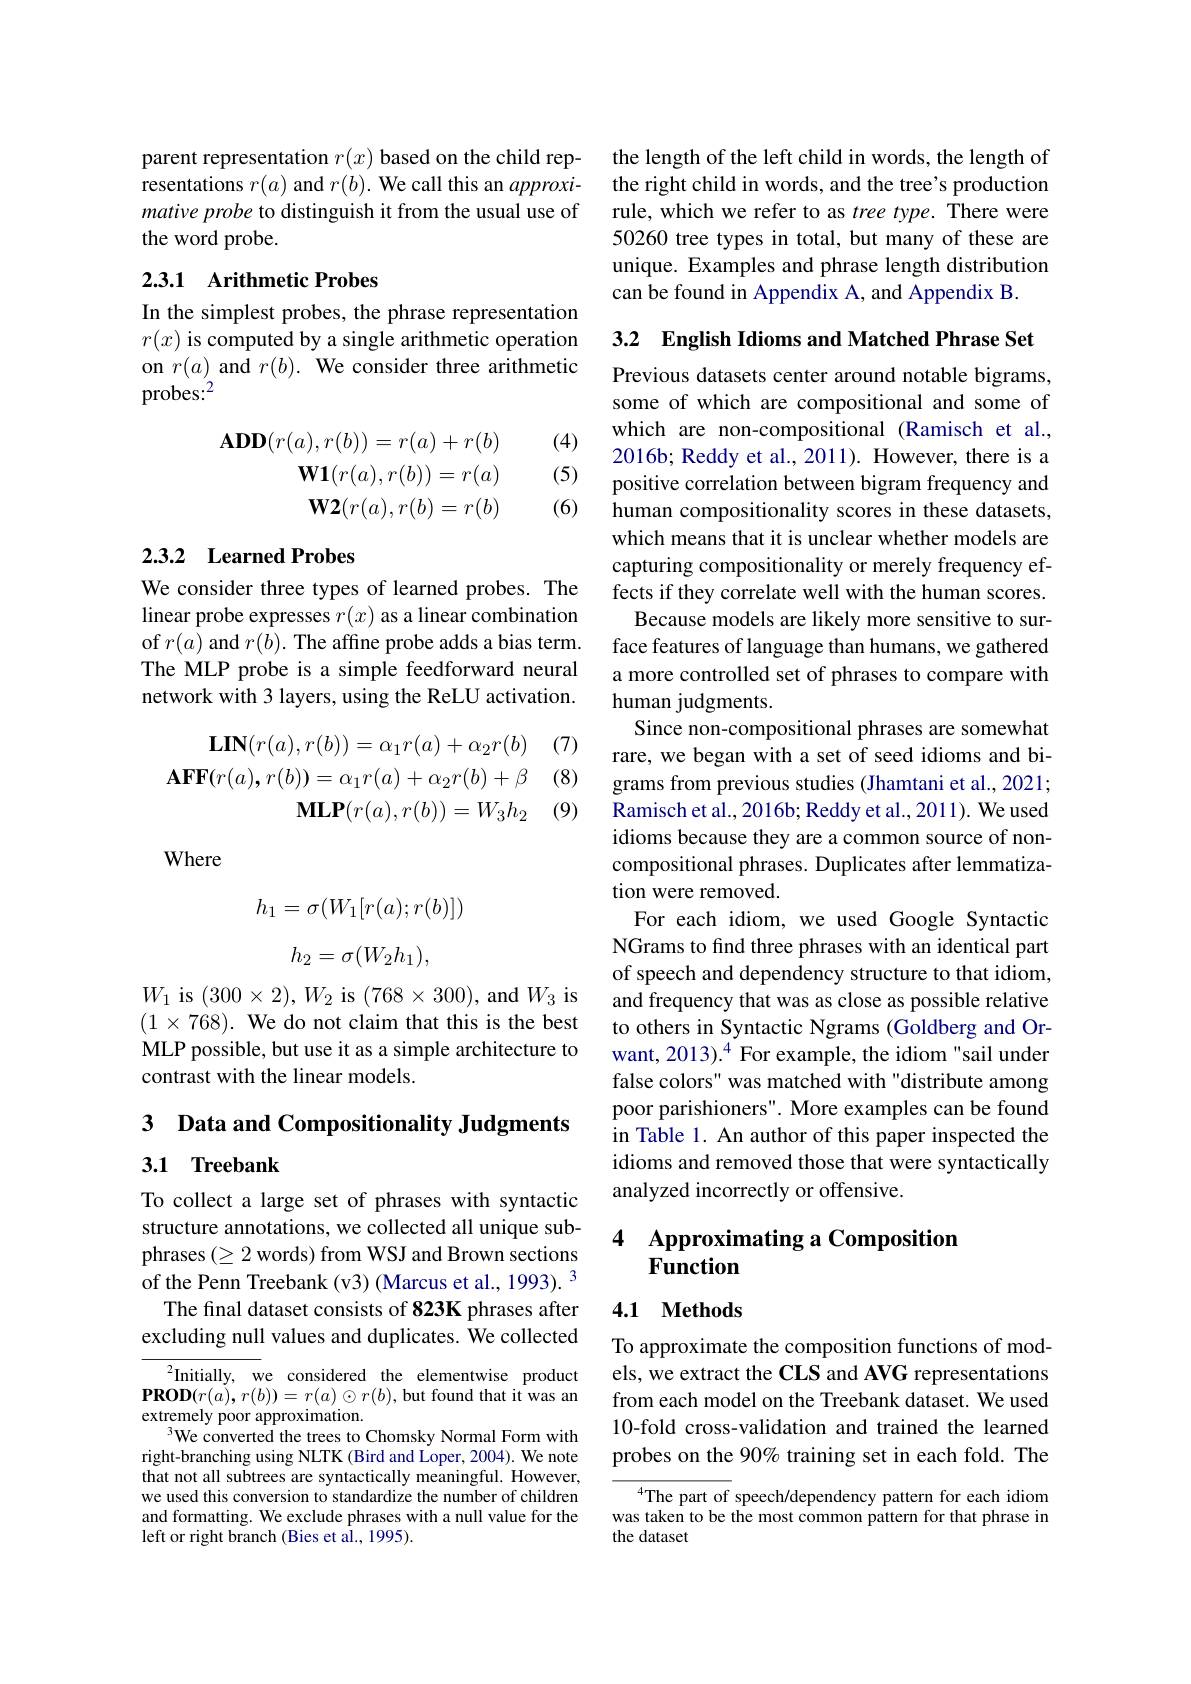
parent representation $r(x)$ based on the child representations $r(a)$ and $r(b).$ We call this an $approxi-$ mative probe to distinguish it from the usual use of the word probe.

## 2.3.1 Arithmetic Probes

In the simplest probes, the phrase representation $r(x)$ is computed by a single arithmetic operation on $r(a)$ and $r( b) . \textbf{We consider three arithmetic}$ probes:$^2$

(4)

(5)
$$\mathbf{ADD}(r(a),r(b))=r(a)+r(b)\\\mathbf{W1}(r(a),r(b))=r(a)\\\mathbf{W2}(r(a),r(b)=r(b)$$
(6)

## 2.3.2 Learned Probes

We consider three types of learned probes. The linear probe expresses $r(x)$ as a linear combination of $r(a)$ and $r(b).$ The affine probe adds a bias term. The MLP probe is a simple feedforward neural network with 3 layers, using the ReLU activation.

(7) (8)
$$\mathbf{LIN}(r(a),r(b))=\alpha_{1}r(a)+\alpha_{2}r(b)\\\mathbf{AFF}(r(a),r(b))=\alpha_{1}r(a)+\alpha_{2}r(b)+\beta\\\mathbf{MLP}(r(a),r(b))=W_{3}h_{2}$$
(9)

Where
$$h_1=\sigma(W_1[r(a);r(b)])$$
$$h_2=\sigma(W_2h_1),$$
$W_{1}$ is $(300\times2),W_{2}$ is $(768\times300)$, and $W_{3}$ is $(1\times768).$ We do not claim that this is the best MLP possible, but use it as a simple architecture to contrast with the linear models.

3 Data and Compositionality Judgments
## 3.1 Treebank

To collect a large set of phrases with syntactic structure annotations, we collected all unique subphrases $(\geq2$ words) from WSJ and Brown sections of the Penn Treebank (v3) (Marcus et al., 1993). 3
The final dataset consists of 823K phrases after
$\underline{\text{excluding null}}$ values and duplicates. We collected To approximate the composition functions of mod-

$^{2}$Initially, we considered the elementwise product $\mathbf{PROD}(r(a),r(b))=r(a)\odot r(b)$,but found that it was an extremely poor approximation.
$^{3}$We converted the trees to Chomsky Normal Form with right-branching using NLTK (Bird and Loper, 2004). We note that not all subtrees are syntactically meaningful. However, we used this conversion to standardize the number of children and formatting. We exclude phrases with a null value for the left or right branch (Bies et al., 1995).

the length of the left child in words, the length of the right child in words, and the tree's production rule, which we refer to as tree type. There were 50260 tree types in total, but many of these are unique. Examples and phrase length distribution can be found in Appendix A, and Appendix B.

3.2 English Idioms and Matched Phrase Set Previous datasets center around notable bigrams, some of which are compositional and some of which are non-compositional (Ramisch et al., 2016b; Reddy et al., 2011). However, there is a positive correlation between bigram frequency and human compositionality scores in these datasets, which means that it is unclear whether models are capturing compositionality or merely frequency effects if they correlate well with the human scores.
Because models are likely more sensitive to surface features of language than humans, we gathered a more controlled set of phrases to compare with human judgments.
Since non-compositional phrases are somewhat rare, we began with a set of seed idioms and bigrams from previous studies (Jhamtani et al., 2021; Ramisch et al., 2016b; Reddy et al., 2011). We used idioms because they are a common source of noncompositional phrases. Duplicates after lemmatization were removed.
For each idiom, we used Google Syntactic NGrams to find three phrases with an identical part of speech and dependency structure to that idiom, and frequency that was as close as possible relative to others in Syntactic Ngrams (Goldberg and Orwant, 2013).$^{4}$ For example, the idiom "sail under false colors" was matched with "distribute among poor parishioners". More examples can be found in Table 1. An author of this paper inspected the idioms and removed those that were syntactically analyzed incorrectly or offensive.

# 4 Approximating a Composition Function

4.1 Methods

els, we extract the CLS and AVG representations from each model on the Treebank dataset. We used 10-fold cross-validation and trained the learned probes on the 90% training set in each fold. The

$^{4}$The part of speech/dependency pattern for each idiom was taken to be the most common pattern for that phrase in the dataset